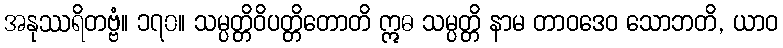
အနုဿရိတဗ္ဗံ။ ၁၇၀။ သမ္ပတ္တိဝိပတ္တိတောတိ ဣဓ သမ္ပတ္တိ နာမ တာဝဒေဝ သောဘတိ, ယာဝ